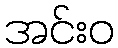
အင်းဝ